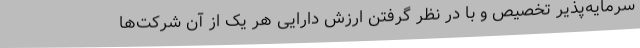
سرمایه‌پذیر تخصیص و با در نظر گرفتن ارزش دارایی هر یک از آن شرکت‌ها